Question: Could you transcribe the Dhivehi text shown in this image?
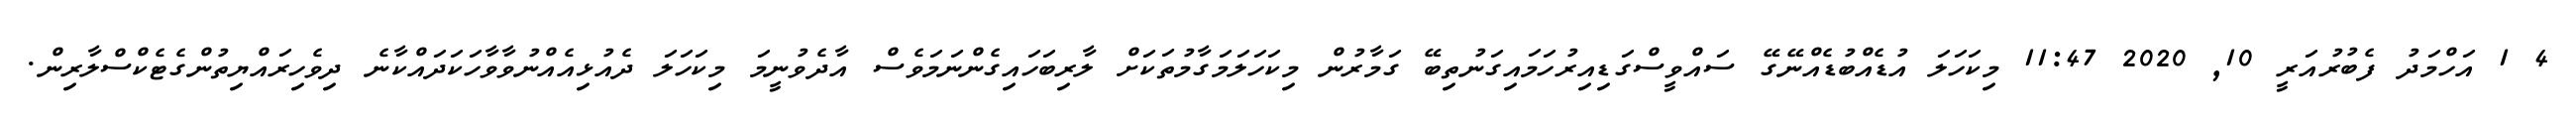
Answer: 4 1 އަހްމަދު ފެބުރުއަރީ 10, 2020 11:47 މިކަހަލަ އުޑެއްބުޑެއްނޭގޭ ސައްވީސްގަޑިއިރުހަމައިގަނުތިބޭ ގަމާރުން މިކަހަލަމަގާމުތަކަށް ލާރިބަހައިގެންނަމަވެސް އާދެވުނީމަ މިކަހަލަ ދެއުޅިއެއްނުވާވާހަކަދައްކާނެ ދިވެހިރައްޔިތުންގެޓެކްސްލާރިން.